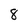
Character: 8